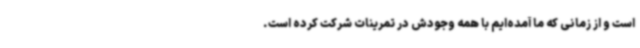
است و از زمانی که ما آمده‌ایم با همه وجودش در تمرینات شرکت کرده است.